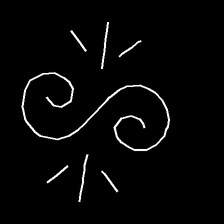
Glyph: wind-directs-air